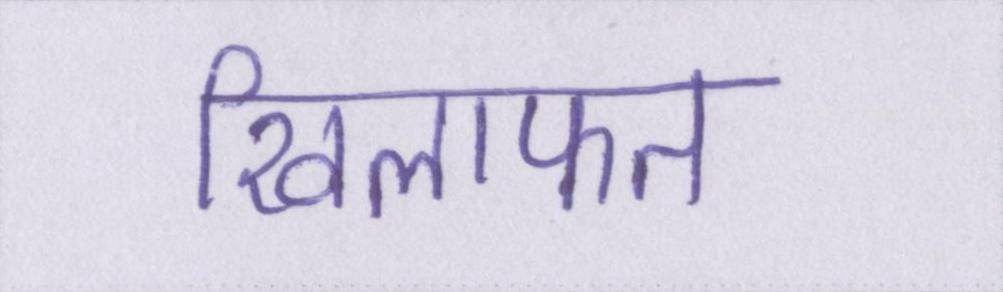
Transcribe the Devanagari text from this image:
खिलाफत